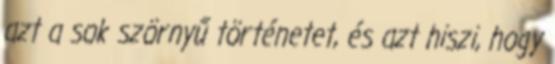
azt a sok szörnyű történetet, és azt hiszi, hogy